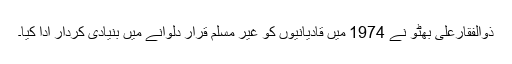
ذوالفقارعلی بھٹو نے 1974 میں قادیانیوں کو غیر مسلم قرار دلوانے میں بنیادی کردار ادا کیا۔